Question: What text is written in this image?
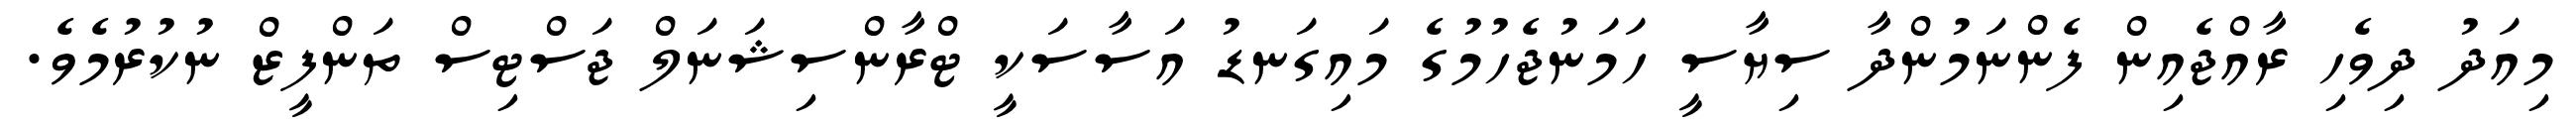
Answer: މިއަދު ދިވެހި ރާއްޖެއިން ފެންނަމުންދާ ސިޔާސީ ހަމަނުޖެހުމުގެ މައިގަނޑު އަސާސަކީ ޓްރާންސިޝަނަލް ޖަސްޓިސް ތަންފީޒް ނުކުރުމެވެ.